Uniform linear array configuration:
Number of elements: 32
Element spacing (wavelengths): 0.75
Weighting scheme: cosine
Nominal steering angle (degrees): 30
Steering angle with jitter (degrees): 31.168
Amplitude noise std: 0.05
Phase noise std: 0.05

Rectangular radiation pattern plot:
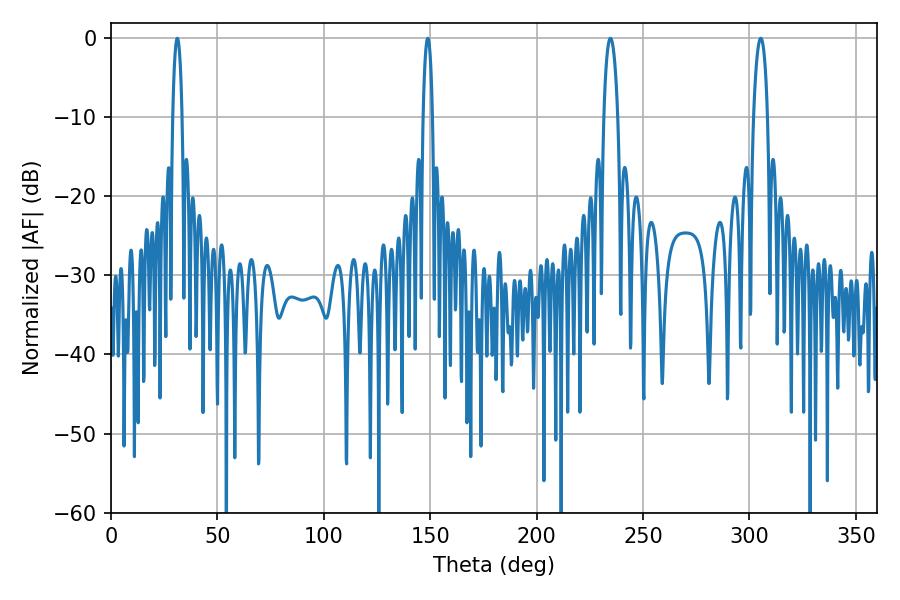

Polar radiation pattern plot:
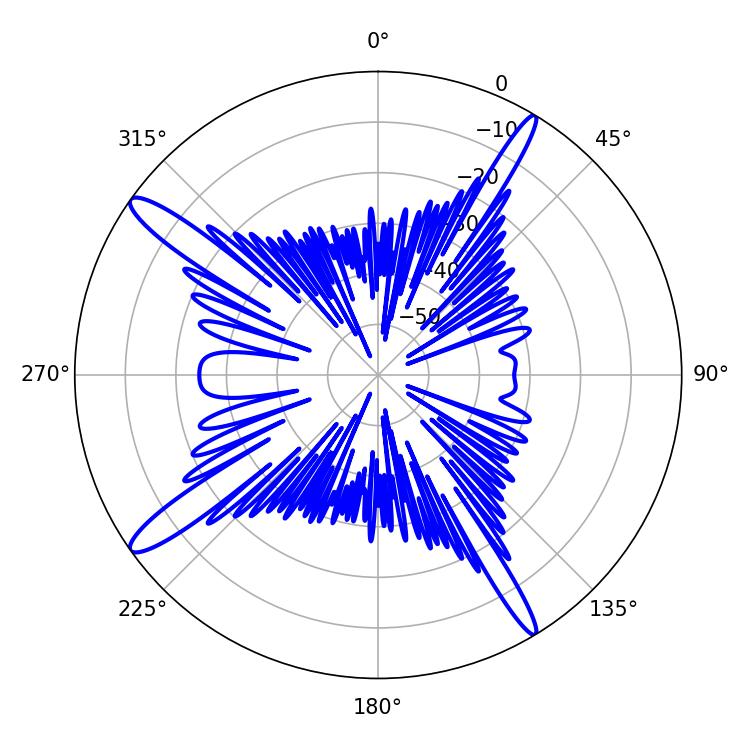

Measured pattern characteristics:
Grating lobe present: TRUE
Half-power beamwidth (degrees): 2.52
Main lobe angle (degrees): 31.14